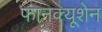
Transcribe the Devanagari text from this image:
फानक्यूशेन